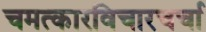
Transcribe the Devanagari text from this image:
चमत्कारविचारचर्चा